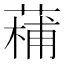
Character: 𮐡